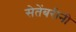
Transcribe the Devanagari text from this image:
सेतेंबरीनी